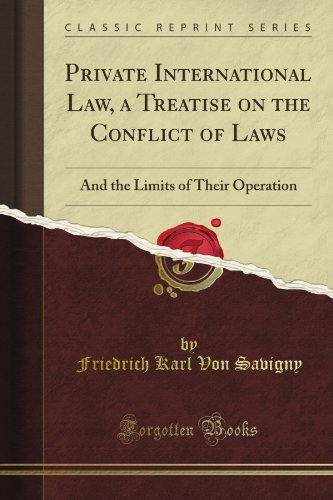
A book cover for Private International Law, a Treatise on the Conflict of Laws: And the Limits of Their Operation (Classic Reprint); Friedrich Karl Von Savigny; Law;